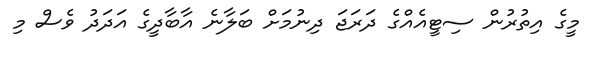
މީގެ އިތުރުން ސިޓީއެއްގެ ދަރަޖަ ދިނުމަށް ބަލާނެ އާބާދީގެ އަދަދު ވެސް މި